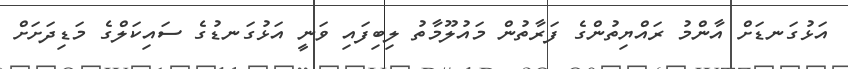
އަޅުގަނޑަށް އާންމު ރައްޔިތުންގެ ފަރާތުން މައުލޫމާތު ލިބިފައި ވަނީ އަޅުގަނޑުގެ ސައިކަލްގެ މަޑިދަށަށް